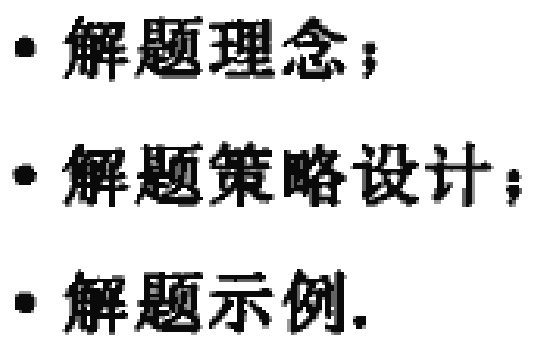
- 解题理念；
- 解题策略设计；
- 解题示例.